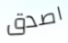
اصدق